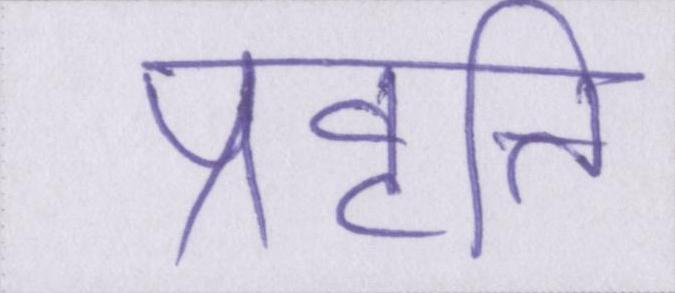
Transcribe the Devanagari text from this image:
प्रवृत्ति